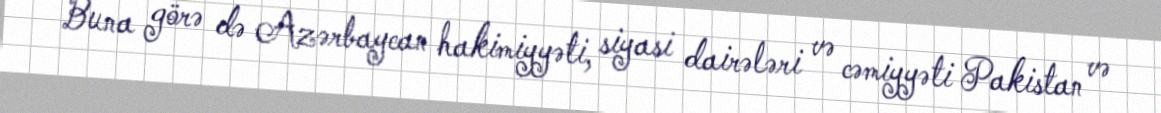
Buna görə də Azərbaycan hakimiyyəti, siyasi dairələri və cəmiyyəti Pakistan və